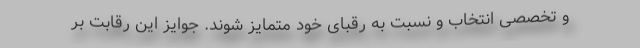
و تخصصی انتخاب و نسبت به رقبای خود متمایز شوند. جوایز این رقابت بر